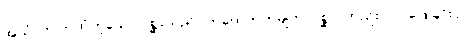
အယံ၊ ဤကထံဟူသော ပုစ္ဆာသည်။ ကထေတုကမျတာပုစ္ဆာ၊ တည်း။ ဝါ၊ ဖြေခြင်းငှာ